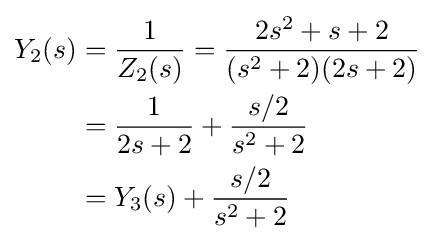
{\begin{aligned}Y_{2}(s)&={1 \over Z_{2}(s)}={\frac {2s^{2}+s+2}{(s^{2}+2)(2s+2)}}\\&={1 \over {2s+2}}+{\frac {s/2}{s^{2}+2}}\\&=Y_{3}(s)+{\frac {s/2}{s^{2}+2}}\\\end{aligned}}